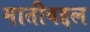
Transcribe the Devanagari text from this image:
मातीबद्दल